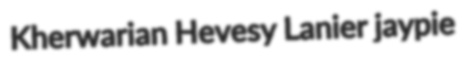
Kherwarian Hevesy Lanier jaypie